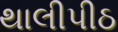
થાલીપીઠ